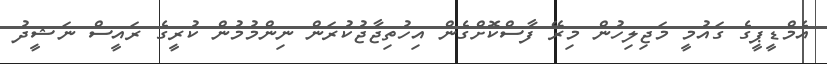
އެމްޑީޕީގެ ގައުމީ މަޖިލިހުން މިރޭ ފާސްކޮށްގެން އިހުތިޖާޖުކުރަން ނިންމުމުން ކުރީގެ ރައީސް ނަޝީދު